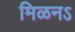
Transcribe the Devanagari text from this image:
मिळनऽ